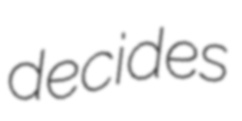
decides